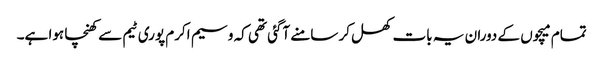
تمام میچوں کے دوران یہ بات کھل کر سامنے آگئی تھی کہ وسیم اکرم پوری ٹیم سے کھنچا ہوا ہے۔